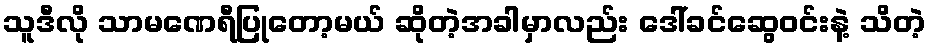
သူဒီလို သာမဏေရီပြုတော့မယ် ဆိုတဲ့အခါမှာလည်း ဒေါ်ခင်ဆွေဝင်းနဲ့ သိတဲ့